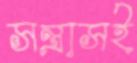
সন্ত্রাসই